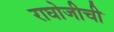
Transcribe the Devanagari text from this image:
राघोजीची